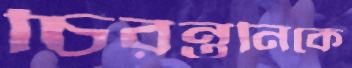
চিরন্তনিকে